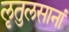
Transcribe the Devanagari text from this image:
लृतुलसानां